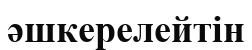
әшкерелейтін